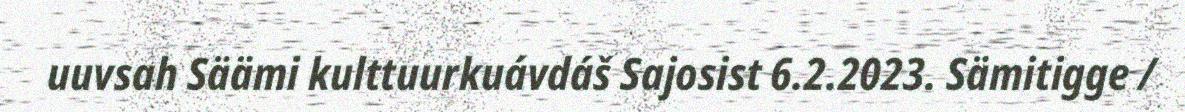
uuvsah Säämi kulttuurkuávdáš Sajosist 6.2.2023. Sämitigge /